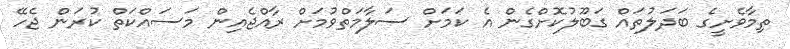
ތިމާވެށީގެ ބަދަލުތައް ގަބޫލުކޮށްގެން އެ ކަމަށް ސަލާމަތްވުމަށް ރާއްޖެއިން މަސައްކަތް ކުރަން ޖެހޭ